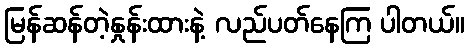
မြန်ဆန်တဲ့နှုန်းထားနဲ့ လည်ပတ်နေကြ ပါတယ်။